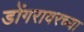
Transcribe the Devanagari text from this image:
डोंगरावरच्या